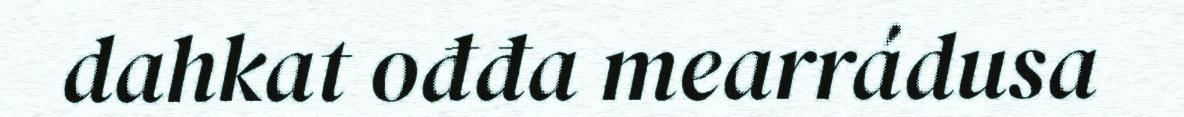
dahkat ođđa mearrádusa